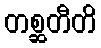
တစ္ဆတီတိ